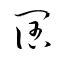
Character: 闊